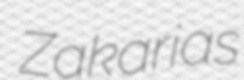
Zakarias